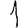
Digit: 1